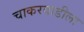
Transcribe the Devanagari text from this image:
चाकरवाडीला